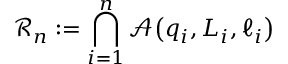
\mathscr { R } _ { n } : = \bigcap _ { i = 1 } ^ { n } \mathscr { A } \! \left( q _ { i } , L _ { i } , \ell _ { i } \right)